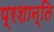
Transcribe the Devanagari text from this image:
प्रशान्ति